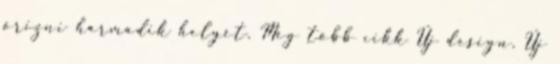
őrizni harmadik helyét. Még több cikk Új design. Új